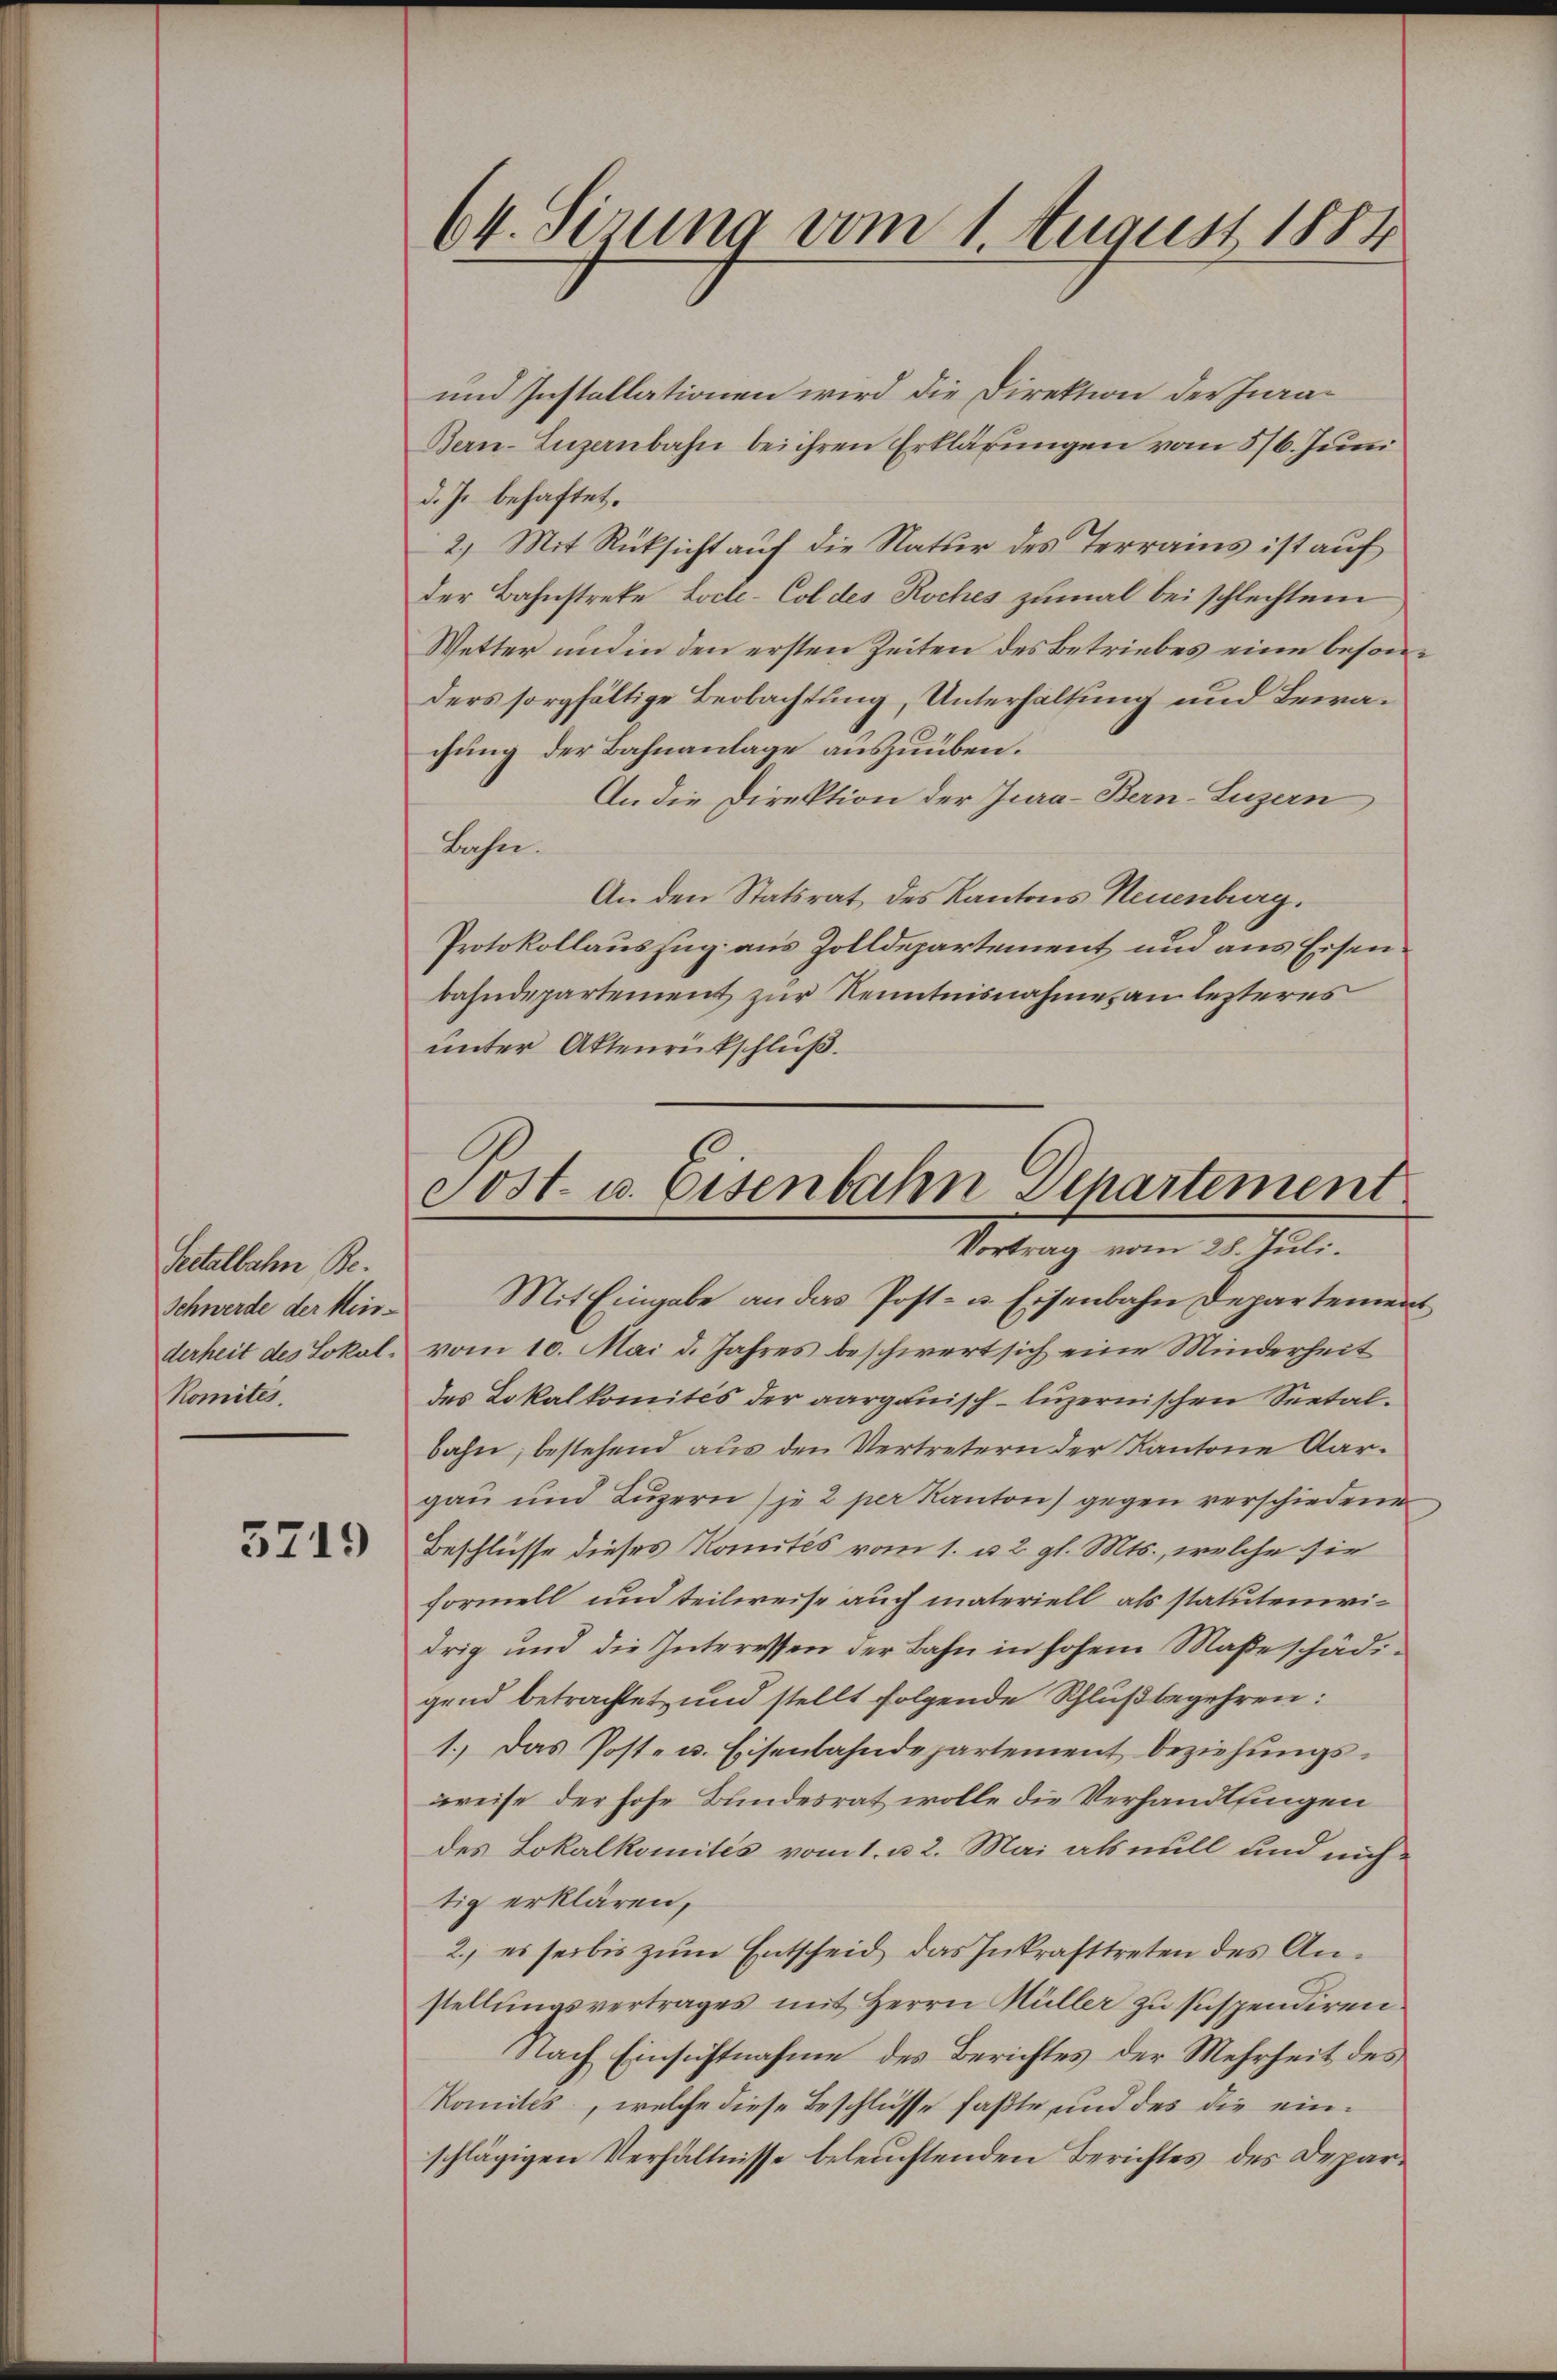
Peitalbahn Be
Schwerde der Hins¬
Komités.

3719

und Installationen wird die Direktion der Inra¬
Bern-Luzernbahn bei ihren Erklärungen vom 5/6. Juni
d. Js. behaftet.
2.) Mit Rücksicht auf die Natur des Terrains ist auf
der Bahnstreke Locte-Col des Koches zumal bei schlechtem
Wetter und in den ersten Zeiten des Betriebes eine beson
ders sorgfältige Beobachtung, Unterhaltung und Bewachung der Bahnanlage auszuüben.
An die Direktion der Jura-Bern-Luzern,
Bahn.
An den Statsrat des Kantons Neuenburg.
Protokollauszug aus Zolldepartement und aus Eisenbahndepartement zur Kenntnisnahme, an lezteres
unter Aktenrückschluß.

64. Serung vom 1. August 1884

Sost- u. Eisenbahn Departement
Vortrag vom 28. Juli.

Mit Eingabe an das Post- u. Eisenbahn Departement
derheit des Lokal, vom 10. Mai d. Jahres beschwert sich eine Minderheit
des Lokalkomités der aargauisch-luzernischen Seetalbahn, bestehend aus den Vertretern der Kantone Aargau und Luzern) je 2 per Kanton gegen verschiedene
Beschlüsse dieses Komités vom 1. u. 2. gl. Mts., welche sie
Formell und teilweise auch materiell als statutenwidrig und die Interessen der Bahn in hohem Maßeschädigend betrachtet und stellt folgende Schlußbegehren:
1.) Das Post- u. Eisenbahndepartement beziehungswreise der hohe Bundesrat wolle die Verhandlungen
des Lokalkomités vom 1. u 2. Mai als null und nich
tig erklären,
2.) es sei bis zŭm Entscheid das Inkrafttreten des Anstellungsvertrages mit Herrn Hüller zu suspendiren.
Nach Einsichtnahme des Berichtes der Mehrheit des
Komites, welche diese Beschlüsse faßte und des die einschlägigen Verhältnisse beleuchtenden Berichtes des Depar¬